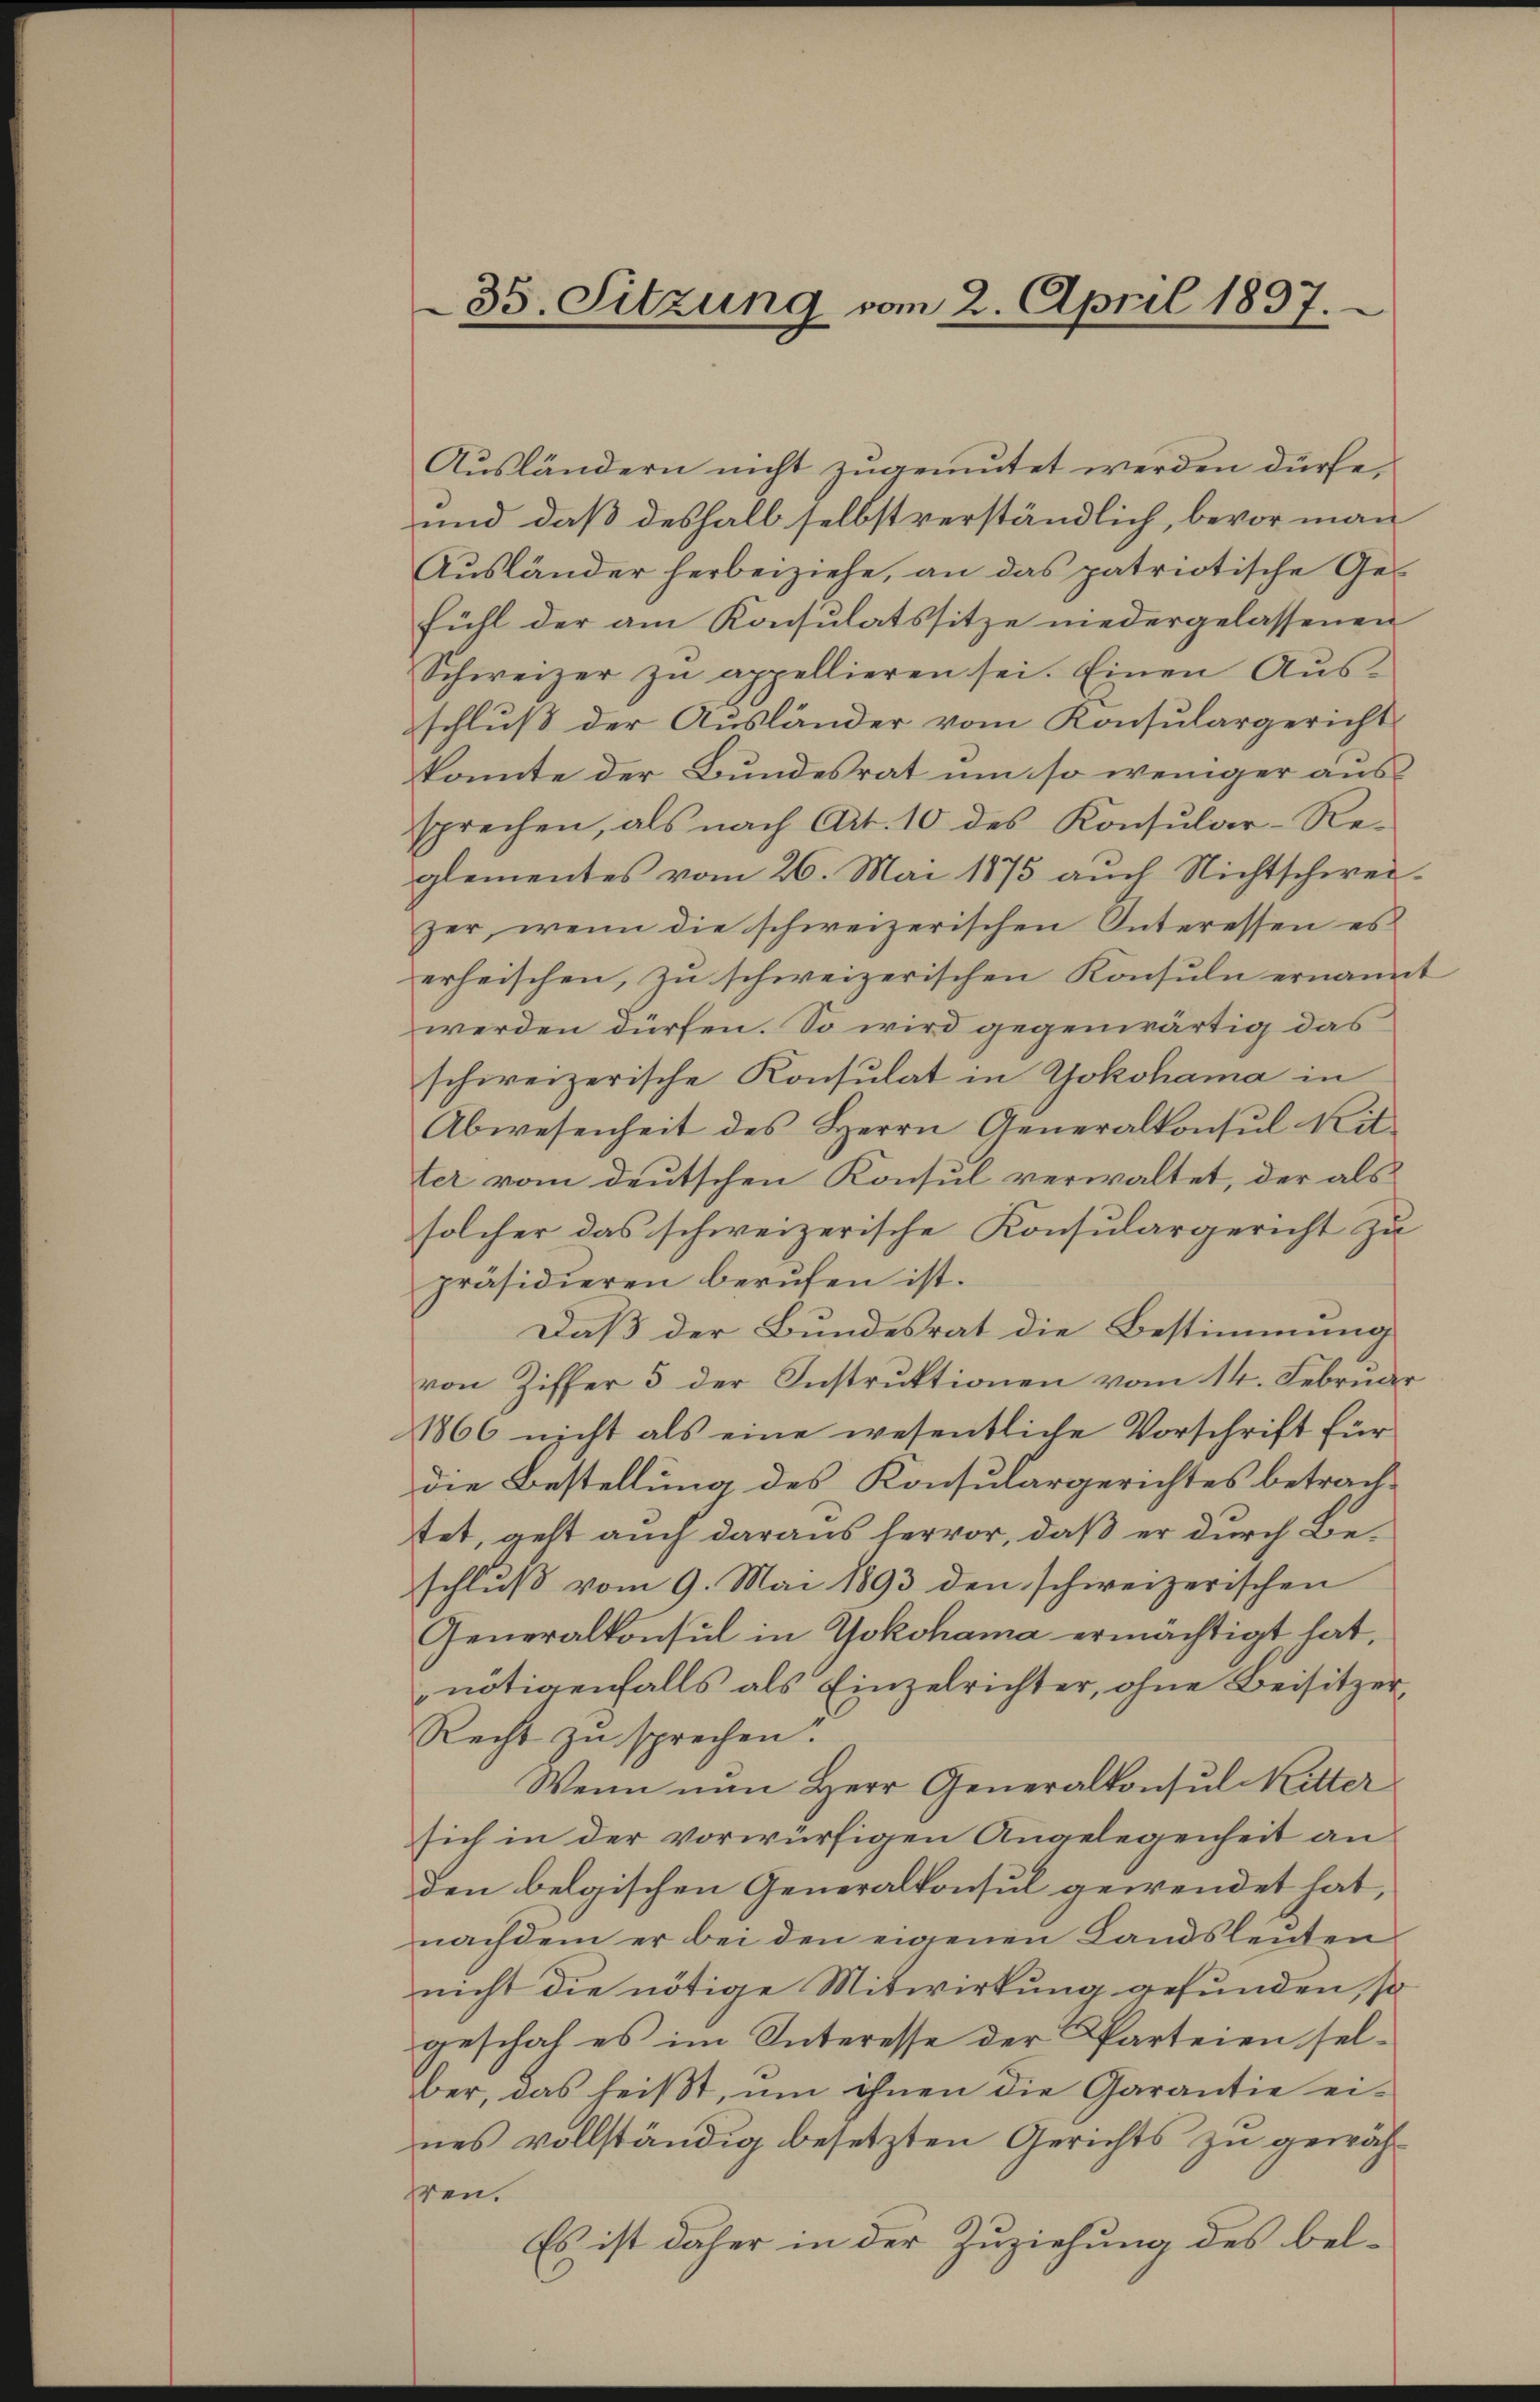
35. Sitzung vom 2. April 1837.

Ausländern nicht zugemutet werden dürfe,
und daß deshalb selbstverständlich, bevor man
Ausländer herbeiziehe, an das patriotische Gefühl der am Konsulatssitze niedergelassenen
Schweizer zŭ appellieren sei. Einen Aŭs-
schlŭβ der Aŭsländer vom Konsulargericht
konnte der Bundesrat um so weniger aussprechen, als nach Art. 10 des Konsular-Re-
glementes vom 26. Mai 1875 aŭch Nichtschwei-
zer, wenn die schweizerischen Interessen es
erheischen, zŭ schweizerischen Konsŭln ernannt
werden dürfen. So wird gegenwärtig das
schweizerische Konsulat in Yokohama in
Abwesenheit des Herrn Generalkonsul Kit
ter vom deutschen Konsul verwaltet, der als
solcher das schweizerische Konsulargericht zu
präsidieren berŭfen ist.
Daß der Bundesrat die Bestimmung
von Ziffer 5 der Instruktionen vom 14. Februder
1866 nicht als eine wesentliche Vorschrift für
die Bestellung des Konsulargerichtes betrachtet, geht auch daraus hervor, daß er durch Beschluß vom 9. Mai 1893 den schweizerischen
Generalkonsul in Yokohama ermächtigt hat,
nötigenfalls als Einzelrichter, ohne Beisitzer¬
Recht zu sprechen.
Wenn man Herr Generalkonsul Ritter
sich in der vorwürfigen Angelegenheit an
den belgischen Generalkonsul gewendet hat,
nachdem er bei den eigenen Landsleuten
nicht die nötige Mitwirkung gefunden, so
geschah es im Interesse der Parteien selber, das heißt, ŭm ihnen die Garantie ei-
nes vollständig besetzten Gerichts zu gewähr
den.
Es ist daher in der Zuziehung des bel¬